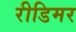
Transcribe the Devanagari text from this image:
रीडिमर